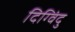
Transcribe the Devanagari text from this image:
दिग्विंदु